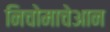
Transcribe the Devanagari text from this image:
निचोमाचेआन